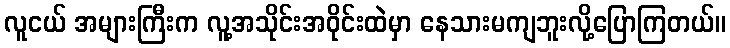
လူငယ် အများကြီးက လူ့အသိုင်းအဝိုင်းထဲမှာ နေသားမကျဘူးလို့ပြောကြတယ်။